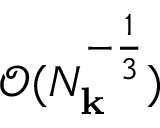
\mathcal { O } ( N _ { \mathbf { k } } ^ { - \frac 1 3 } )